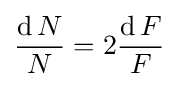
{\operatorname {d} N \over N}=2{\operatorname {d} F \over F}